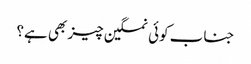
جناب کوئی نمکین چیز بھی ہے؟